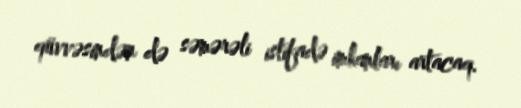
qüvvəsindən də səmərəli istifadə imkanları artacaq.